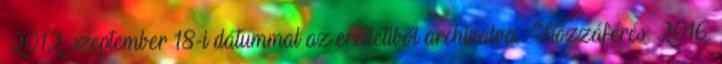
2012. szeptember 18-i dátummal az eredetiből archiválva . Hozzáférés: 2016.